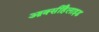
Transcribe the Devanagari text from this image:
आक्सीहैलाइड